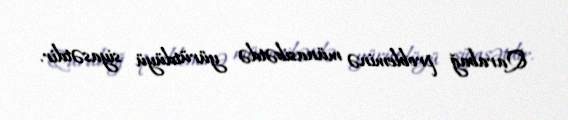
Qarabağ probleminə münasibətdə yürütdüyü siyasətdir.